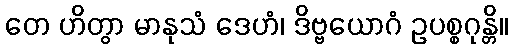
တေ ဟိတွာ မာနုသံ ဒေဟံ၊ ဒိဗ္ဗယောဂံ ဥပစ္စဂုန္တိ။